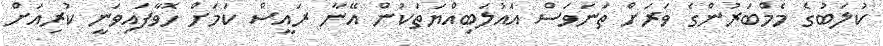
ކުލަބުގެ މެމްބަރުންގެ ވަރަށް ތަނަވަސް އައުލަބިއްޔަތަކުން އޭނާ ރައީސް ކަމަށް ހޮވާފައިވަނީ ކުރިއަށް